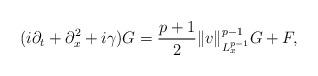
LaTeX: \begin{align*}(i\partial_t+\partial_x^2+i\gamma)G = \frac{p+1}{2}\|v\|_{L_x^{p-1}}^{p-1}G+F,\end{align*}